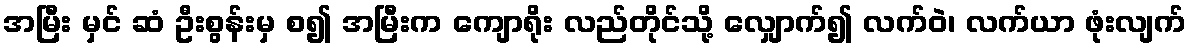
အမြီး မှင် ဆံ ဦးစွန်းမှ စ၍ အမြီးက ကျောရိုး လည်တိုင်သို့ လျှောက်၍ လက်ဝဲ၊ လက်ယာ ဖုံးလျက်